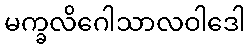
မက္ခလိဂေါသာလဝါဒေါ